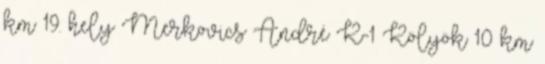
km 19. hely Merkovics André K-1 Kölyök 10 km